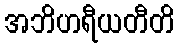
အဘိဟရီယတီတိ